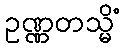
ဥဏ္ဏတသ္မိံ